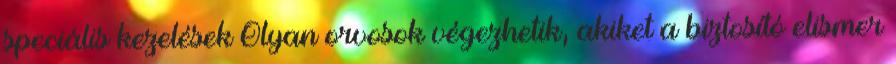
speciális kezelések Olyan orvosok végezhetik, akiket a biztosító elismer